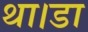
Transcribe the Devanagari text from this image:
था।डा